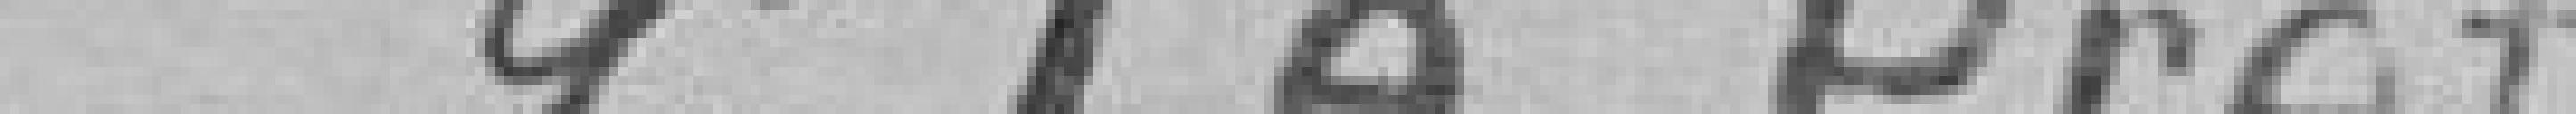
Pour le Préfet